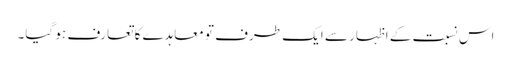
اس نسبت کے اظہار سے ایک طرف تو معاہدے کا تعارف ہو گیا۔